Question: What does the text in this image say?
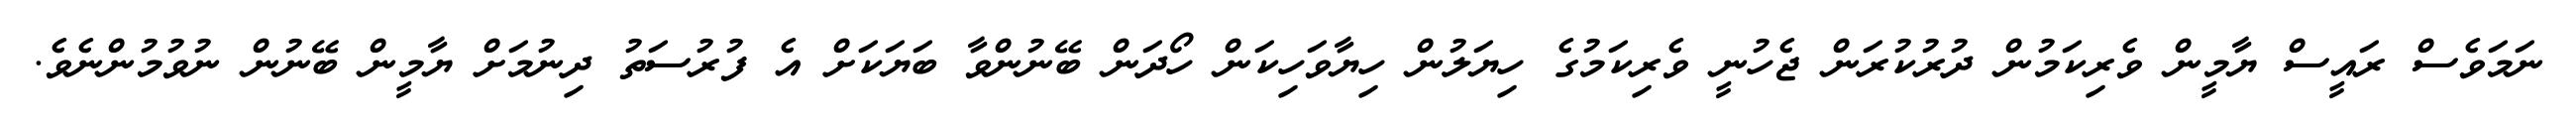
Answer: ނަމަވެސް ރައީސް ޔާމީން ވެރިކަމުން ދުރުކުރަން ޖެހުނީ ވެރިކަމުގެ ހިޔަލުން ހިޔާވަހިކަން ހޯދަން ބޭނުންވާ ބަޔަކަށް އެ ފުރުސަތު ދިނުމަށް ޔާމީން ބޭނުން ނުވުމުންނެވެ.